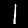
Label: 1